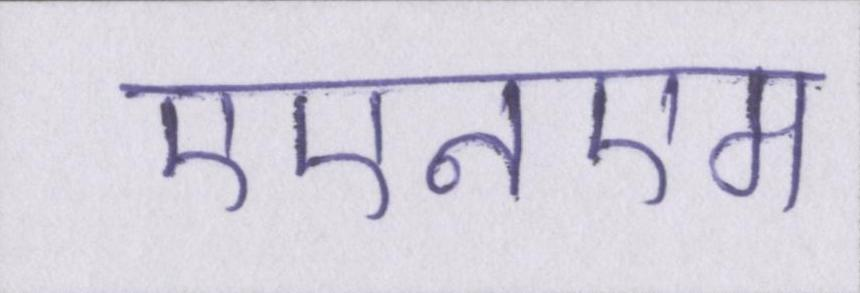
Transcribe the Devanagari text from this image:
एएनएम